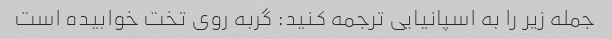
جمله زیر را به اسپانیایی ترجمه کنید: گربه روی تخت خوابیده است